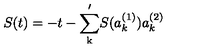
S ( t ) = - t - \mathrm { \sum _ k ^ \prime } S ( a _ { k } ^ { ( 1 ) } ) a _ { k } ^ { ( 2 ) }